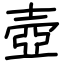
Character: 壺